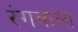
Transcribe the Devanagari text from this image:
रंगवासा